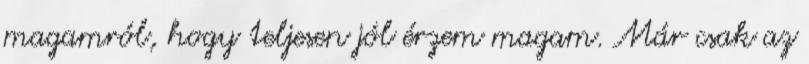
magamról, hogy teljesen jól érzem magam. Már csak az